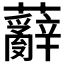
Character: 𮓑